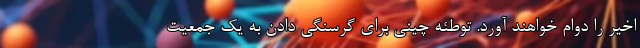
اخیر را دوام خواهند آورد. توطئه چینی برای گرسنگی دادن به یک جمعیت